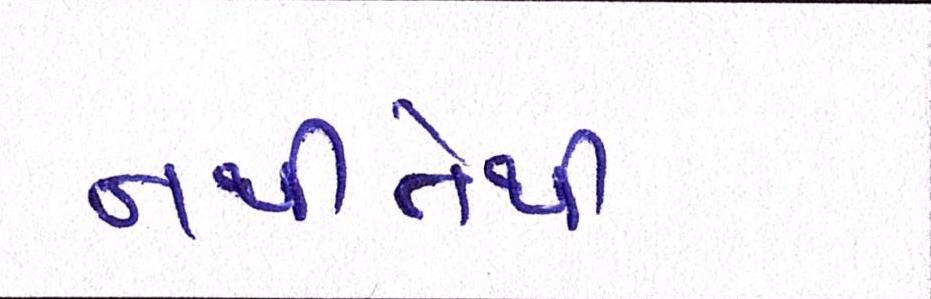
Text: નથીતેથી